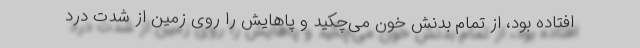
افتاده بود، از تمام بدنش خون می‌چکید و پاهایش را روی زمین از شدت درد